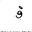
Letter: _fa